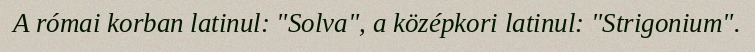
A római korban latinul: "Solva", a középkori latinul: "Strigonium".